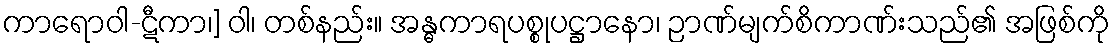
ကာရောဝါ-ဋီကာ၊] ဝါ၊ တစ်နည်း။ အန္ဓကာရပစ္စုပဋ္ဌာနော၊ ဉာဏ်မျက်စိကာဏ်းသည်၏ အဖြစ်ကို